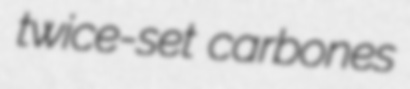
twice-set carbones